画像に写った文字を読んでください
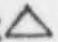
「△」と書いてあります